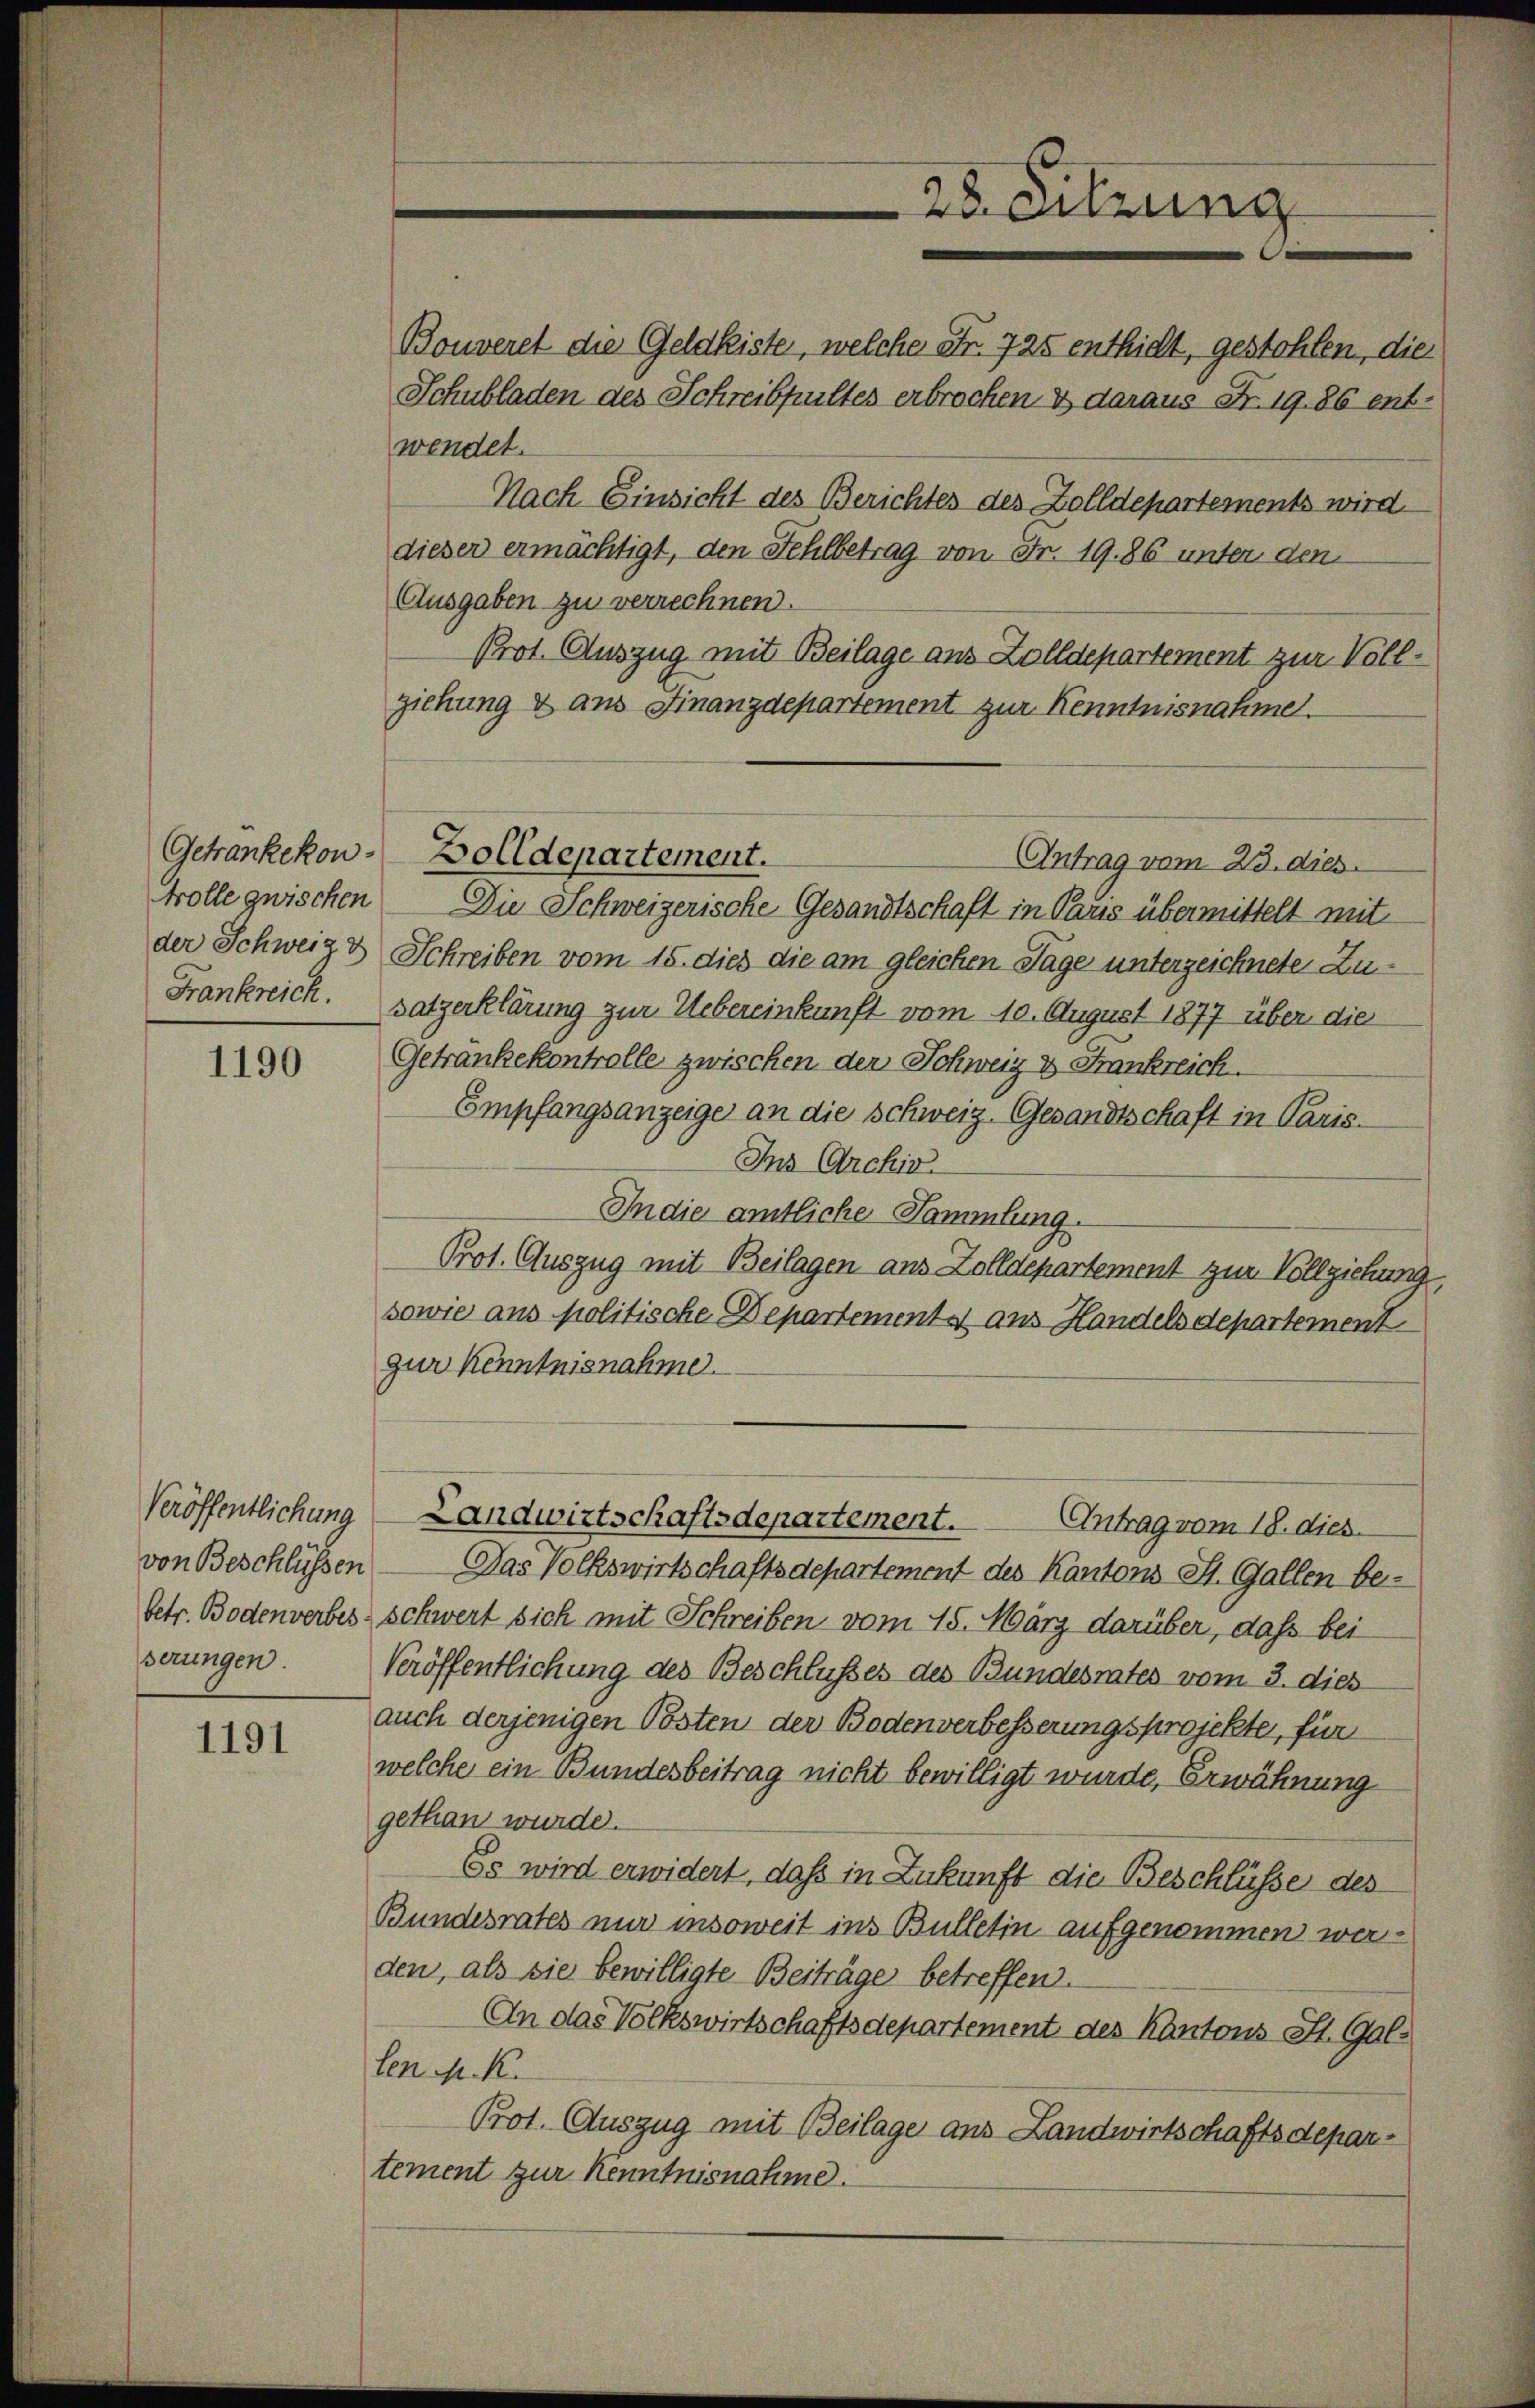
der Schweiz d
Frankreich.

1190

Veröffentlichung
betr. Bodenverbes
serungen.

1191

Bouveret die Geldkiste, welche Fr. 725 enthidt, gestohlen, die
Schubladen des Schreibpultes erbrochen & daraus Nr. 19. 86 entwendet.
Nach Einsicht des Berichtes des Zolldepartements wird.
dieser ermächtigt, den Fehlbetrag von Fr. 19. 86 unter den
Ausgaben zu verrechnen.
Prot. Auszug mit Beilage aus Zolldepartement zur Vollziehung & aus Finanzdepartement zur Kenntnisnahme.
Trolle zwischen Die Schweizerische Gesandtschaft in Paus übermittelt mit
Schreiben vom 15. dies die am gleichen Tage unterzeichnete Zusatzerklärung zur Uebereinkunft vom 10. August 1877 über die
Getrankekontrolle zwischen der Schweiz & Frankreich.
Empfangsanzeige an die Schweiz. Gesandtschaft in Paris¬
Ins Archiv
In die amtliche Sammlung.
Prot. Auszug mit Beilagen aus Zolldepartement zur Vollziehung,
sowie aus politische Departements aus Handelsdepartement.
zur Kenntnisnahme.
Landwirtschaftsdepartement. Antrag vom 18. dies
von Beschlüssen — Das Volkswirtschaftsdepartement des Kantons St. Gallen be-
schwert sich mit Schreiben vom 15. März darüber, daß bei
Veröffentlichung des Beschlusses des Bundesrates vom 3. dies
auch derjenigen Posten der Bodenverbesserungsprojekte, für
welche ein Bundesbeitrag nicht bewilligt wurde, Erwähnung
gethan wurde.
Es wird erwidert, daß in Zukunft die Beschlüsse des
Bundesrates nur insoweit ins Bulletin aufgenommen werden, als sie bewilligte Beiträge betreffen.
An das Volkswirtschaftsdepartement des Kantons St. Gallen M. R.
Prot. Auszug mit Beilage aus Landwirtschaftsdepartement zur Kenntnisnahme.

Getrankekon-Zolldepartement.

28. Setzung

Antrag vom 23. dies